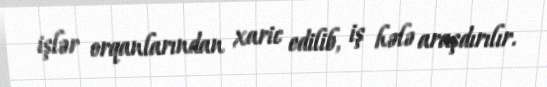
işlər orqanlarından xaric edilib, iş hələ araşdırılır.